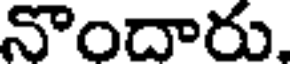
నొందారు,